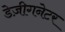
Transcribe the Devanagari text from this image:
डेज़ीगनेटर